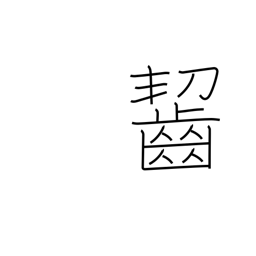
Meaning: munch